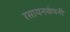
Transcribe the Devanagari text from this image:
रसायनकंपनी